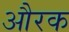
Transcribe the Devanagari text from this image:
औरक